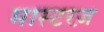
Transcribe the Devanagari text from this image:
मास्टरज़